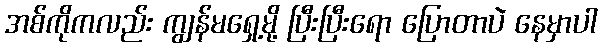
အစ်ကိုကလည်း ကျွန်မရှေ့မို့ ပြီးပြီးရော ပြောတာပဲ နေမှာပါ